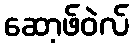
ဆော့ဖ်ဝဲလ်